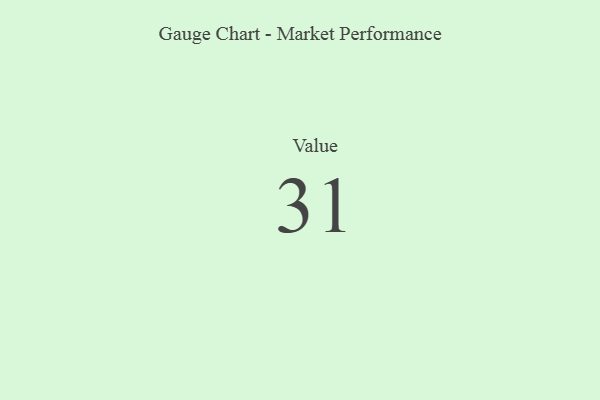
{"axis": {"x": "Metric", "y": "Value"}, "legend": [""], "data": [{"x": "Value", "y": 31, "type": ""}]}